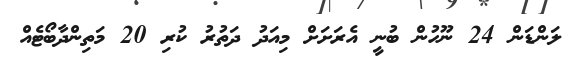
ލަންޑަން 24 ނޫހުން ބުނީ އެރަށަށް މިއަދު ދަތުރު ކުރި 20 މަތިންދާބޯޓެއް